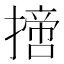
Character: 𢴨